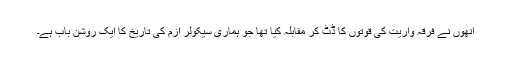
انھوں نے فرقہ واریت کی قوتوں کا ڈٹ کر مقابلہ کیا تھا جو ہماری سیکولر ازم کی تاریخ کا ایک روشن باب ہے۔